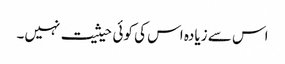
اس سے زیادہ اس کی کوئی حیثیت نہیں۔